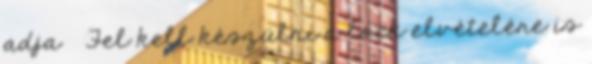
adja ● Fel kell készülni a lock elvételére is